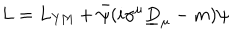
L = L _ { \mathrm { Y M } } + \bar { \psi } ( i \gamma ^ { \mu } \underline { { { D } } } _ { \mu } - m ) \psi